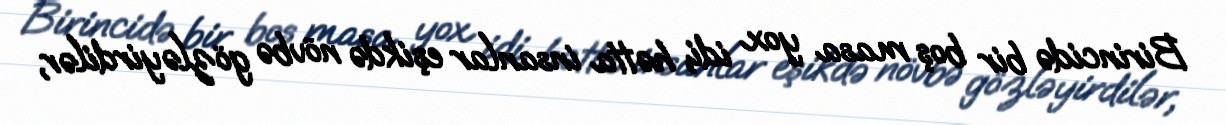
Birincidə bir boş masa yox idi, hətta insanlar eşikdə növbə gözləyirdilər,